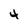
Character: 4